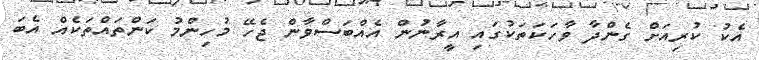
އެކު ކުރިއަށް ގެންދާ ވާހަކަތަކުގައި އީރާނުން އެއްބަސްވާން ޖެހޭ މުހިންމު ކަންތައްތަކެއް އެބަ